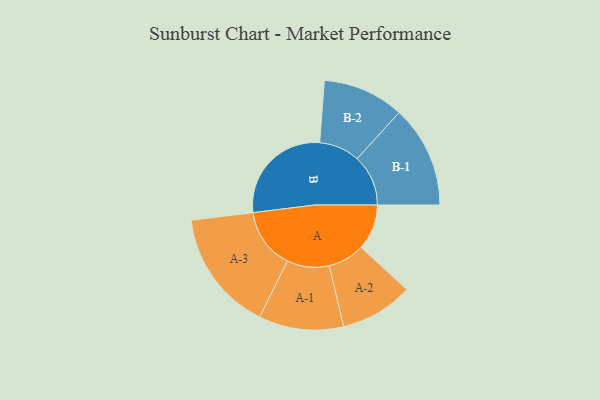
{"axis": {"x": "Segment", "y": "Value"}, "legend": ["", "A", "B"], "data": [{"x": "A", "y": 166, "type": ""}, {"x": "B", "y": 395, "type": ""}, {"x": "A-1", "y": 154, "type": "A"}, {"x": "A-2", "y": 133, "type": "A"}, {"x": "A-3", "y": 221, "type": "A"}, {"x": "B-1", "y": 186, "type": "B"}, {"x": "B-2", "y": 148, "type": "B"}]}